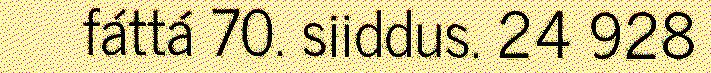
fáttá 70. siiddus. 24 928